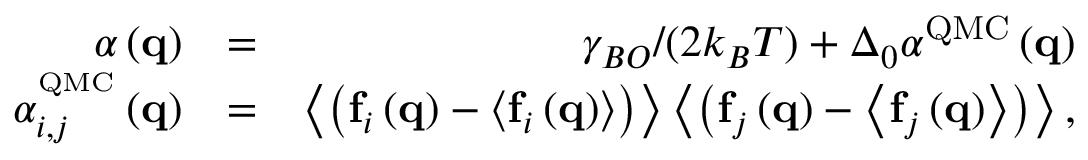
\begin{array} { r l r } { \alpha \left( { \mathbf { q } } \right) } & { = } & { { \gamma _ { B O } / ( 2 k _ { B } T ) } + { \Delta _ { 0 } } { \alpha ^ { { \mathrm { Q M C } } } } \left( { \mathbf { q } } \right) } \\ { \alpha _ { i , j } ^ { ^ { { \mathrm { Q M C } } } } \left( { \mathbf { q } } \right) } & { = } & { \left\langle { \left( { { \mathbf { f } _ { i } } \left( { \mathbf { q } } \right) - \left\langle { { \mathbf { f } _ { i } } \left( { \mathbf { q } } \right) } \right\rangle } \right) } \right\rangle \left\langle { \left( { { \mathbf { f } _ { j } } \left( { \mathbf { q } } \right) - \left\langle { { \mathbf { f } _ { j } } \left( { \mathbf { q } } \right) } \right\rangle } \right) } \right\rangle , } \end{array}